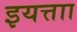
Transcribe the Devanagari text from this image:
इयत्ताा